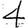
Digit: 4